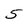
Character: 5